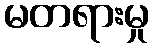
မတရားမှု